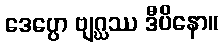
ဒေပ္ပော ဗျဂ္ဃဿ ဒီပိနော။